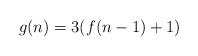
LaTeX: \begin{align*}g(n) = 3(f(n-1)+1)\end{align*}